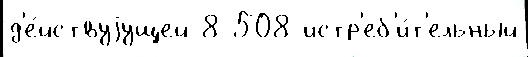
д'е́йствуjущей 8 508 истр'еб'и́т'ельный